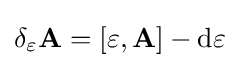
\delta _{\varepsilon }\mathbf {A} =[\varepsilon ,\mathbf {A} ]-\mathrm {d} \varepsilon